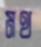
মথ